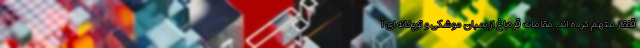
قفقاز متهم کرده اند. مقامات قره‌باغ از بمبان موشکی و توپخانه‌ای آ